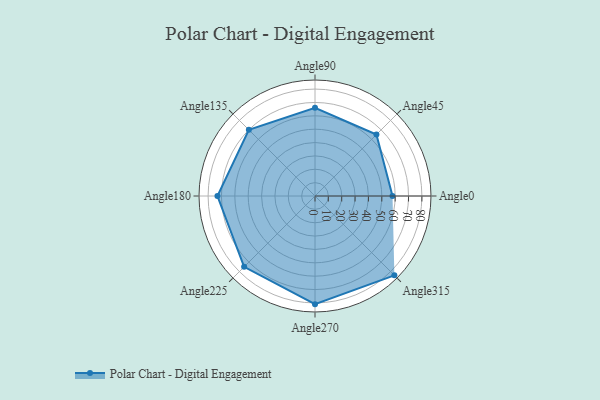
{"axis": {"x": "Angle", "y": "Radius"}, "legend": [""], "data": [{"x": "Angle0", "y": 58.0, "type": ""}, {"x": "Angle45", "y": 65.0, "type": ""}, {"x": "Angle90", "y": 66.0, "type": ""}, {"x": "Angle135", "y": 70.0, "type": ""}, {"x": "Angle180", "y": 73.0, "type": ""}, {"x": "Angle225", "y": 75.0, "type": ""}, {"x": "Angle270", "y": 81.0, "type": ""}, {"x": "Angle315", "y": 84.0, "type": ""}]}